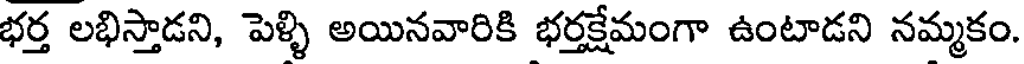
భర్త లభిస్తాడని, పెళ్ళి అయినవారికి భర్తక్షేమంగా ఉంటాడని నమ్మకం.